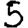
Digit: 5